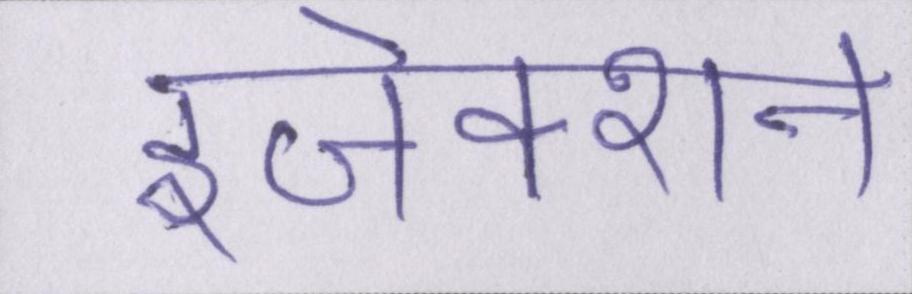
इंजेक्शन